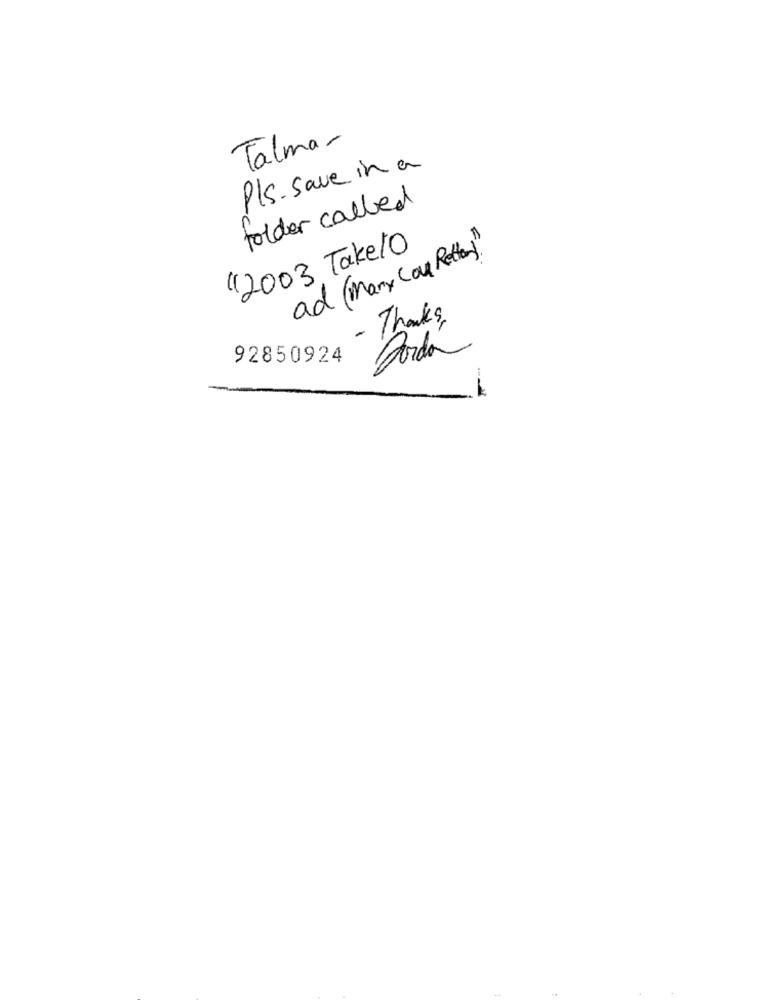
Talma-
Pls.save in a
folder called
"12003 Take10
ad (Many Cou Retten!"
- Thanks
Corda
92850924